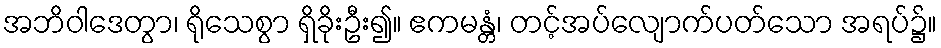
အဘိဝါဒေတွာ၊ ရိုသေစွာ ရှိခိုးဦး၍။ ဧကမန္တံ၊ တင့်အပ်လျောက်ပတ်သော အရပ်၌။